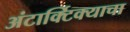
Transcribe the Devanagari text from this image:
अंटार्क्टिक्याचा